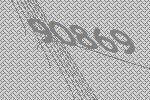
90869